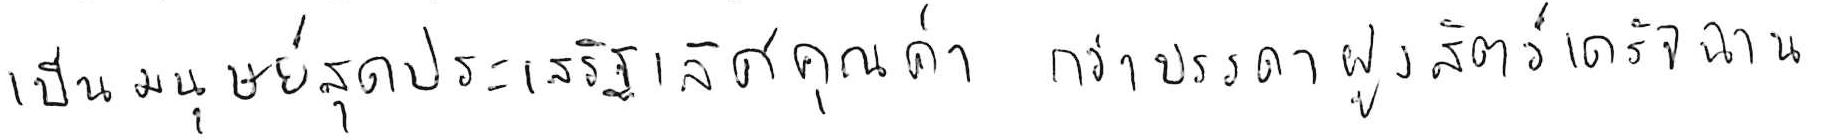
เป็นมนุษย์สุดประเสริฐเลิศคุณค่า กว่าบรรดาฝูงสัตว์เดรัจฉาน